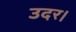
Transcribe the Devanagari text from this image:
उदर।